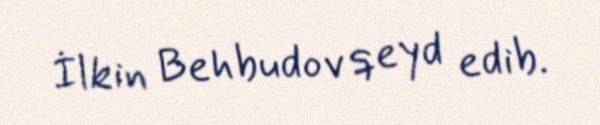
İlkin Behbudov qeyd edib.